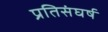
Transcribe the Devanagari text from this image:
प्रतिसंघर्ष